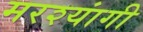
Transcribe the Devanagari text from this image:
मरश्यांगी